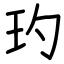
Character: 玓